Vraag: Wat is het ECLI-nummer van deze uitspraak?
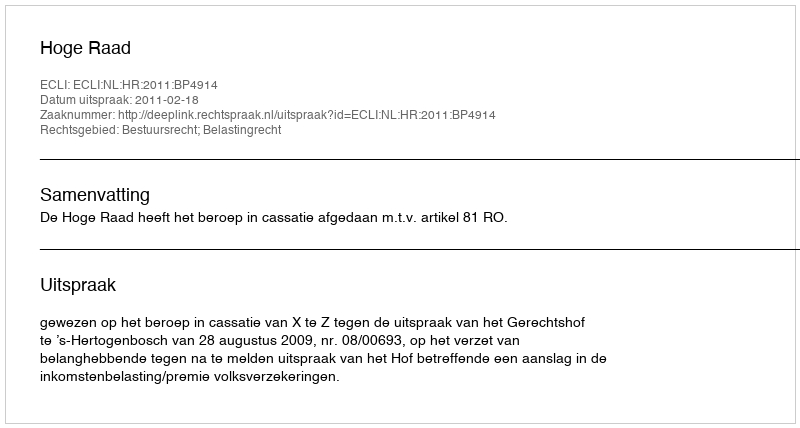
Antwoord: ECLI:NL:HR:2011:BP4914